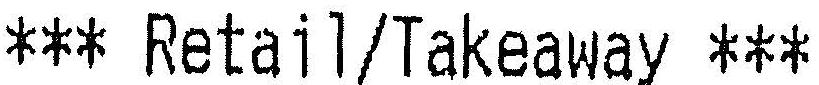
*** RETAIL/TAKEAWAY ***